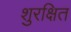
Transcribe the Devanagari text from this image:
शुरक्षित